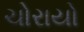
ચોરાયો